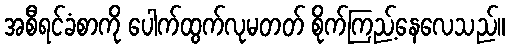
အစီရင်ခံစာကို ပေါက်ထွက်လုမတတ် စိုက်ကြည့်နေလေသည်။